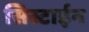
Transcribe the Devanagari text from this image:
सिस्टाईन